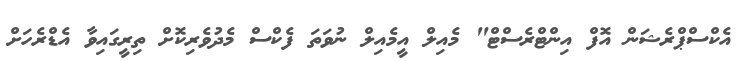
އެކްސްޕްރެޝަން އޮފް އިންޓްރެސްޓް" މެއިލް އީމެއިލް ނުވަތަ ފެކްސް މެދުވެރިކޮށް ތިރީގައިވާ އެޑްރެހަށް